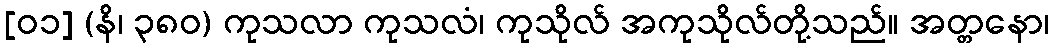
[၀၁] (နိ၊ ၃၈၀) ကုသလာ ကုသလံ၊ ကုသိုလ် အကုသိုလ်တို့သည်။ အတ္တနော၊